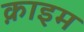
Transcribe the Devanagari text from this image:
क़ाइम